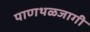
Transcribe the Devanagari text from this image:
पाणथळजागी